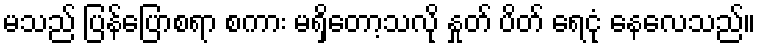
မသည် ပြန်ပြောစရာ စကား မရှိတော့သလို နှုတ် ပိတ် ရေငုံ နေလေသည်။